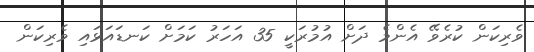
ވެރިކަން ކުރެވޭ އެންމެ ދަށް އުމުރަކީ 35 އަހަރު ކަމަށް ކަނޑައަޅައި ވެރިކަން